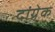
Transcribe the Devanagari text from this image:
दांग्रेक